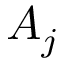
A _ { j }